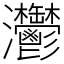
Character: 灪